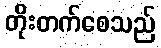
တိုးတက်စေသည်